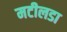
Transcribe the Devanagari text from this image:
मटीलडा